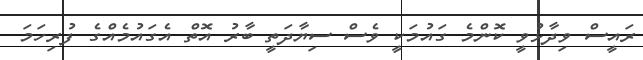
ރައީސް ވިދާޅުވީ ކޮންމެ ގައުމަކީ ވެސް ސިޔާދަތީ ބާރު އޮތް އެގައުމެއްގެ ފުރިހަމަ